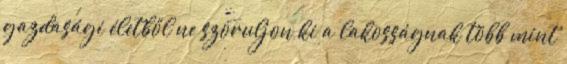
gazdasági életből ne szoruljon ki a lakosságnak több mint